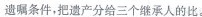
遗嘱条件，把遗产分给三个继承人的比。